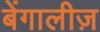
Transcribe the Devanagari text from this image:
बेंगालीज़